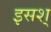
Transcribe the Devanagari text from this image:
इसश्